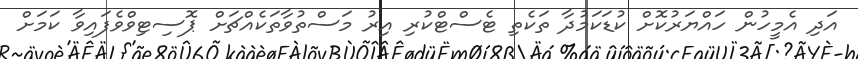
އަދި އެމީހުން ހައްޔަރުކޮށް ކުޑަކަމުދާ ތަކެތި ޓެސްޓްކުރި އިރު މަސްތުވާތަކެއްޗަށް ޕޮސިޓިވްވެފައިވާ ކަމަށް